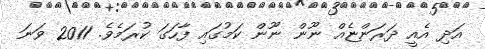
އަދި އެއީ ދަރަންޏެއް ނޫން ނޫން ކަމުގައި ފާހަގަ ކުރަމެވެ. 2011 ވަނަ